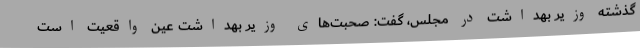
گذشته وزیر بهداشت در مجلس، گفت: صحبت‌های وزیر بهداشت عین واقعیت است